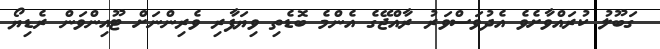
ގަބޫލު ކުރައްވާށެވެ އެދުވަސްވަރު ރާއްޖޭގެ އެންމެ ބޮޑެތި ވިޔަފާރި ވެރިންނަށް ޓޫއިންވަން ރެޑިޔޯ